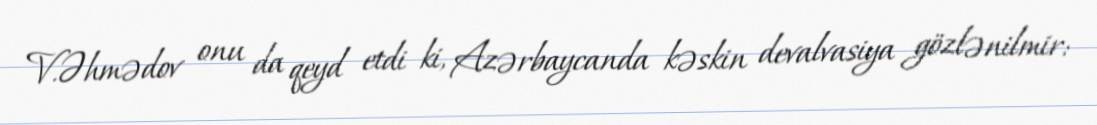
V.Əhmədov onu da qeyd etdi ki, Azərbaycanda kəskin devalvasiya gözlənilmir: